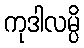
ကုဒါလမ္ပိ